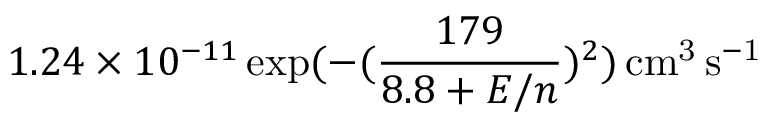
1 . 2 4 \times 1 0 ^ { - 1 1 } \exp ( - ( \frac { 1 7 9 } { 8 . 8 + E / n } ) ^ { 2 } ) \, \mathrm { c m ^ { 3 } \, s ^ { - 1 } }